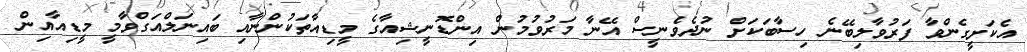
އެކަށީގެންވާ ފަރުވާލިބޭނެ ހިސާބަކަށް ނުދެވެނީސް އޭނާ މަރުވުމުން އިންޑޮނީޝިއާގެ މީޑިއާތަކުންނާއި ބައިނަލްއަގްވާމީ މީޑިއާއިން